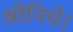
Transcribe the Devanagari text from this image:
श्रीनिधे।